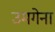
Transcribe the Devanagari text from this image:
उमगेना